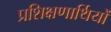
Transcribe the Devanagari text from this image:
प्रशिक्षणार्थियों